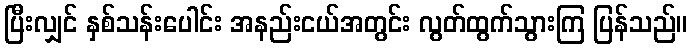
ပြီးလျှင် နှစ်သန်းပေါင်း အနည်းငယ်အတွင်း လွတ်ထွက်သွားကြ ပြန်သည်။